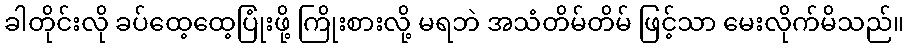
ခါတိုင်းလို ခပ်ထေ့ထေ့ပြုံးဖို့ ကြိုးစားလို့ မရဘဲ အသံတိမ်တိမ် ဖြင့်သာ မေးလိုက်မိသည်။